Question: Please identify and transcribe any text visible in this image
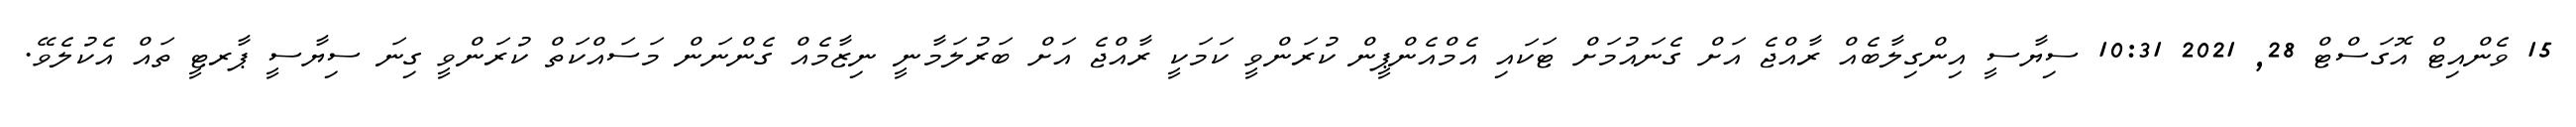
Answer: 15 ވެންއިޓް އޮގަސްޓް 28, 2021 10:31 ސިޔާސީ އިންގިލާބެއް ރާއްޖެ އަށް ގެނައުމަށް ޓަކައި އެމްއެންޕީން ކުރަންވީ ކަމަކީ ރާއްޖެ އަށް ބަރުލަމާނީ ނިޒާމެއް ގެންނަން މަސައްކަތް ކުރަންވީ ގިނަ ސިޔާސީ ޕާރޓީ ތައް އެކުލެވޭ.